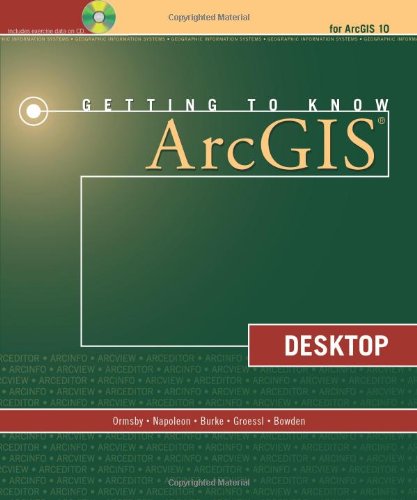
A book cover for Getting to Know ArcGIS Desktop; Tim Ormsby; Engineering & Transportation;